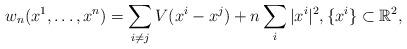
LaTeX: \begin{align*}w_n(x^1,\dots,x^n) = \sum_{i\neq j} V(x^i-x^j) + n\sum_i |x^i|^2, \{x^i\}\subset \mathbb R^2,\end{align*}